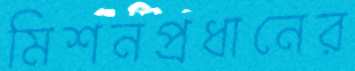
মিশনপ্রধানের